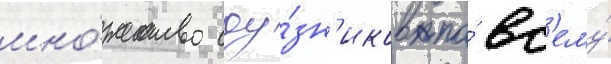
мно́жество соу́зн'иков по́ вс'ему́